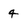
Character: 4